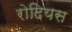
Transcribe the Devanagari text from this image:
रोदियस